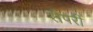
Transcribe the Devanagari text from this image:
सैपरी